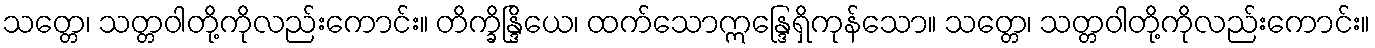
သတ္တေ၊ သတ္တဝါတို့ကိုလည်းကောင်း။ တိက္ခိန္ဒြိယေ၊ ထက်သောဣန္ဒြေရှိကုန်သော။ သတ္တေ၊ သတ္တဝါတို့ကိုလည်းကောင်း။